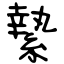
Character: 縶